Lunatic asylums Madras 1892-1911 - 1892-1911
Year: 1892
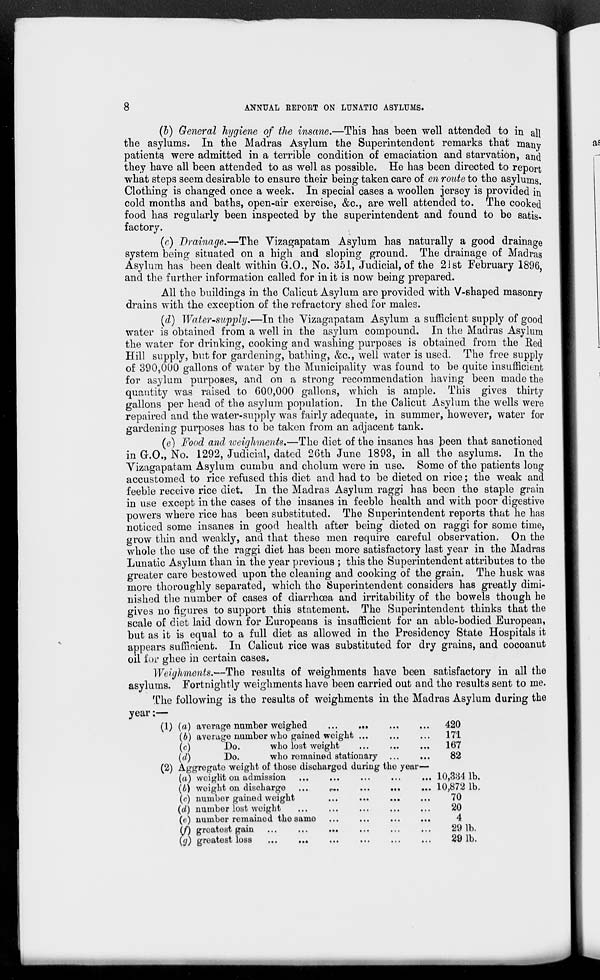
8
ANNUAL REPOET ON LUNATIC ASYLUMS.
(b) General hygiene of the insane.—This has been well attended to in all
the asylums. In the Madras Asylum the Superintendent remarks that many
patients, were admitted in a terrible condition of emaciation and starvation, and
they have all been attended to as well as possible. He has been directed to report
what steps seem desirable to ensure their being taken care of en route to the asylums.
Clothing is changed once a week. In special cases a woollen jersey is provided in
cold months and baths, open-air exercise, &c, are well attended to. The cooked
food has regularly been inspected by the superintendent and found to be satis-
factory.
(c) Drainage.—The Vizagapatam Asylum has naturally a good drainage
system being situated on a high and sloping ground. The drainage of Madras
Asylum has been dealt within G.O., No. 351, Judicial, of the 21st February 1896,
and the further information called for in it is now being prepared.
All the buildings in the Calicut Asylum are provided with V-shaped masonry
drains with the exception of the refractory shed for males.
(d) Water-supply.—In the Vizagapatam Asylum a sufficient supply of good
water is obtained from a well in the asylum compound. In the Madras Asylum
the water for drinking, cooking and washing purposes is obtained from the Red
Hill supply, but for gardening, bathing, &c, well water is used. The free supply
of 390*000 gallons of water by the Municipality was found to be quite insufficient
for asylum purposes, and on a strong recommendation having been made the
quantity was raised to 600,000 gallons, which is ample. This gives thirty
gallons per head of the asylum population. In the Calicut Asylum the wells were
repaired and the water-supply was fairly adequate, in summer, however, water for
gardening purposes has to be taken from an adjacent tank.
(e) Food and weighments.—The diet of the insanes has been that sanctioned
in CO., No. 1292, Judicial, dated 26th June 1893, in all the asylums. In the
Vizagapatam Asylum cumbu and cholum were in use. Some of the patients long
accustomed to rice refused this diet and had to be dieted on rice; the weak and
feeble receive rice diet. In the Madras Asylum raggi has been the staple grain
in use except in the cases of the insanes in feeble health and with poor digestive
powers where rice has been substituted. The Superintendent reports that he has
noticed some insanes in good health after being dieted on raggi for some time,
grow thin and weakly, and that these men require careful observation. On the
whole the use of the raggi diet has been more satisfactory last year in the Madras
Lunatic Asylum than in the year previous ; this the Superintendent attributes to the
greater care bestowed upon the cleaning and cooking of the grain. The husk was
more thoroughly separated, which the iSuperintendent considers has greatly dimi-
nished the number of cases of diarrhoea and irritability of the bowels though he
gives no figures to support this statement. The Superintendent thinks that the
scale of diet laid down for Europeans is insufficient for an able-bodied European,
but as it is equal to a full diet as allowed in the Presidency State Hospitals it
appears sufficient. In Calicut rice was substituted for dry grains, and cocoanut
oil for ghee in certain cases.
Weighments.—The results of weighments have been satisfactory in all the
asylums. Fortnightly weighments have been carried out and the results sent to me.
The following is the results of weighments in the Madras Asylum during the
year:—
(1) (a) average number weighed
420
(6) average number who gained weight ...
...
...
171
(c)
Do.
who lost weight
...
,
167
(d)
Do.
who remained stationary
82
(2) Aggregate weight of those discharged during the year—
(a) weight on admission ...
...
...
...
... 10,384 lb.
(b) weight on discharge ...
«.
10,872 lb.
(c) number gained weight
...
...
...
...
70
(d) number lost woight
20
(e) number remained the same ...
...
...
...
4
(/") greatest gain
...
29 1b.
(</) greatest loss
...
..♦
...
...
...
...
29 1b.